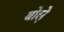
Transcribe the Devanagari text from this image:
बोले़